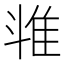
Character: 𱁉